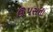
ઊપસતા